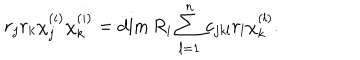
r _ { j } r _ { k } \chi _ { j } ^ { ( i ) } \chi _ { k } ^ { ( i ) } = \dim R _ { i } \sum _ { l = 1 } ^ { n } c _ { j k l } r _ { l } \chi _ { k } ^ { ( l ) } .